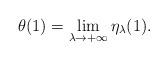
LaTeX: \begin{align*} \theta(1) = \lim_{\lambda \rightarrow +\infty} \eta_{\lambda}(1). \end{align*}